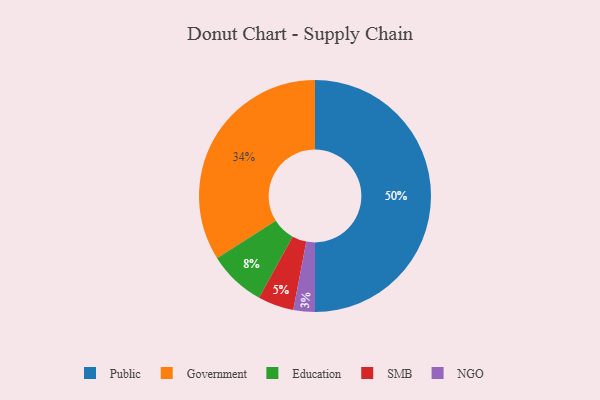
{"axis": {"x": "Category", "y": "Percentage"}, "legend": ["Education", "Government", "NGO", "Public", "SMB"], "data": [{"x": "SMB", "y": 5, "type": "SMB"}, {"x": "Government", "y": 34, "type": "Government"}, {"x": "Public", "y": 50, "type": "Public"}, {"x": "NGO", "y": 3, "type": "NGO"}, {"x": "Education", "y": 8, "type": "Education"}]}